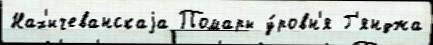
Нах'ичеванскаjа Помары у́ровн'я Г'янджа